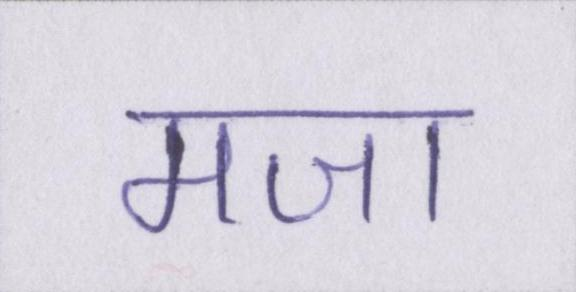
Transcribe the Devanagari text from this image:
मजा